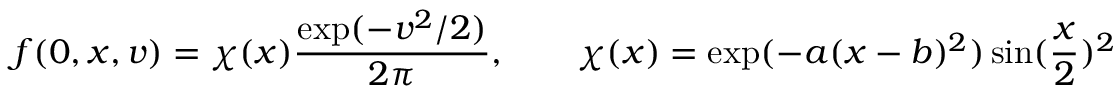
f ( 0 , x , v ) = \chi ( x ) \frac { \exp ( - v ^ { 2 } / 2 ) } { 2 \pi } , \qquad \chi ( x ) = \exp ( - a ( x - b ) ^ { 2 } ) \sin ( \frac { x } { 2 } ) ^ { 2 }